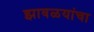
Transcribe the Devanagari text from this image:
झावळयांचा